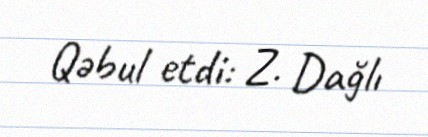
Qəbul etdi: Z. Dağlı